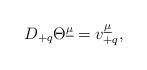
LaTeX: \begin{align*}D_{+q} \Theta^{\underline{\mu}} =v^{\underline{\mu}}_{+q} ,\end{align*}